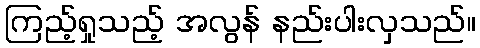
ကြည့်ရှုသည့် အလွန် နည်းပါးလှသည်။